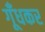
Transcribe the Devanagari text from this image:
गूँधकर